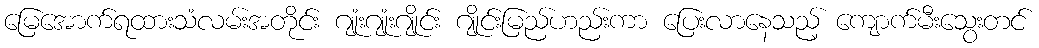
မြေအောက်ရထားသံလမ်းအတိုင်း ဂျုံးဂျုံးဂျိုင်း ဂျိုင်းမြည်ဟည်းကာ ပြေးလာနေသည့် ကျောက်မီးသွေးတင်